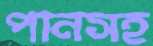
পানসহ